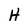
Character: H